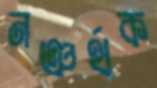
নঞর্থক